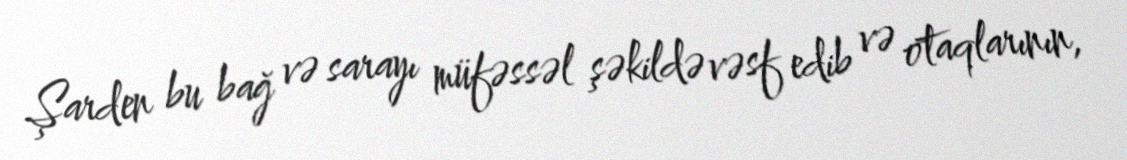
Şarden bu bağ və sarayı müfəssəl şəkildə vəsf edib və otaqlarının,